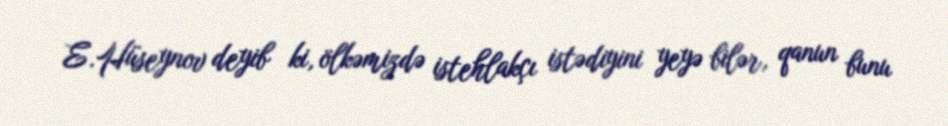
E.Hüseynov deyib ki, ölkəmizdə istehlakçı istədiyini yeyə bilər, qanun bunu